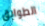
الطوابق